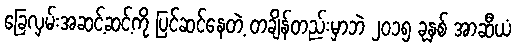
ခြေလှမ်းအဆင့်ဆင့်ကို ပြင်ဆင်နေတဲ့ တချိန်တည်းမှာဘဲ ၂၀၁၅ ခုနှစ် အာဆီယံ